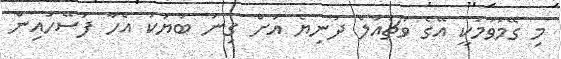
މި ގޭމުވުމަކީ އޭގެ ވާޗުއަލް ދުނިޔެ އަށް ގިނަ ބަޔަކު އެހާ ފަސޭހައިން